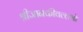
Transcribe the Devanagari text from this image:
श्रीजानकीवल्लभो